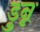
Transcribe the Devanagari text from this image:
डुन्न